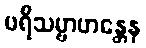
ပရိသမ္ဗာဟန္တေန